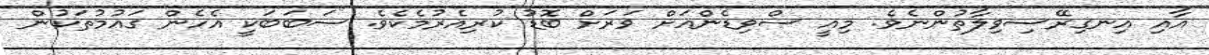
އާއި އިނގިރޭސިވިލާތުންނެވެ. މިއީ ސްވިޑެންއަށް ވަރަށް ބޮޑު ކުރިއެރުމެކެވެ. ސަބަބަކީ އެހެން ގައުމުތަކުން